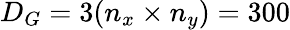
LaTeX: D_{G}=3(n_{x}\times n_{y})=300